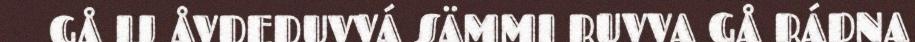
GÅ IJ ÅVDEDUVVÁ SÄMMI RUVVA GÅ RÁDNA